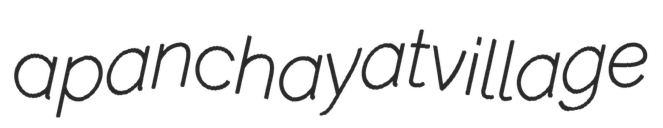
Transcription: a panchayat village